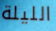
الليلة